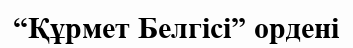
“Құрмет Белгісі” ордені